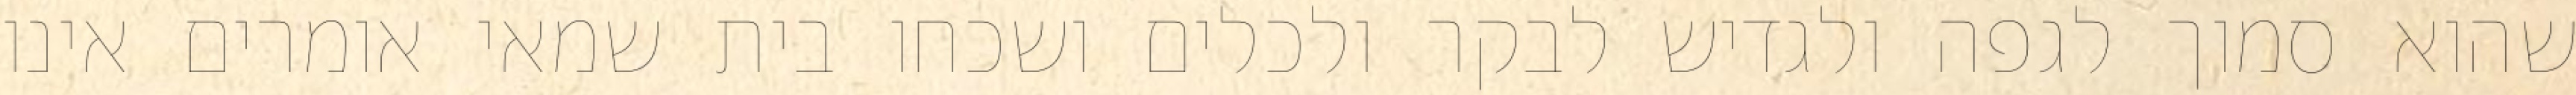
שהוא סמוך לגפה ולגדיש לבקר ולכלים ושכחו בית שמאי אומרים אינו